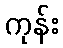
ကုန်း